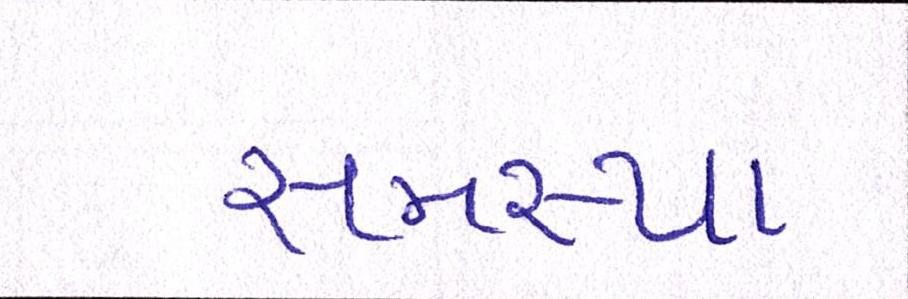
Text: સમસ્યા